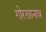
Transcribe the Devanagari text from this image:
गोरखानाथ